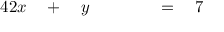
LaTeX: \begin{array} { r l r l r l r l } { { 4 } 2 x } & { { } { } + { } } & { y } & { { } \quad } & { } & { { } { } = { } } & { 7 } & { { } } \end{array}